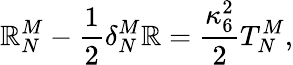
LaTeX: \mathbb{R}_{N}^{M}-\frac{{1}}{{2}}\delta_{N}^{M}\mathbb{R}=\frac{{\kappa_{6}^{2}}}{{2}}T_{N}^{M},